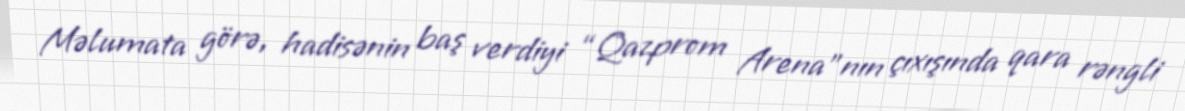
Məlumata görə, hadisənin baş verdiyi “Qazprom Arena”nın çıxışında qara rəngli